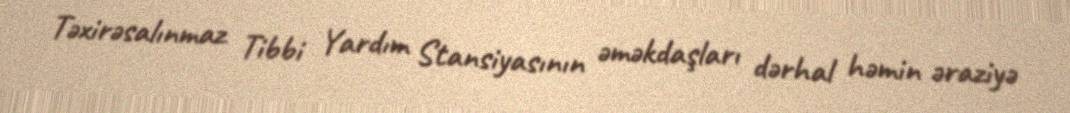
Təxirəsalınmaz Tibbi Yardım Stansiyasının əməkdaşları dərhal həmin əraziyə